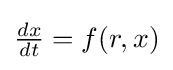
{\tfrac {dx}{dt}}=f(r,x)